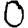
Digit: 0